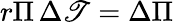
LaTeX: r\Pi\, \Delta\mathscr{T}=\Delta\Pi